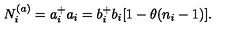
N _ { i } ^ { ( a ) } = a _ { i } ^ { + } a _ { i } = b _ { i } ^ { + } b _ { i } [ 1 - \theta ( n _ { i } - 1 ) ] .